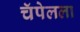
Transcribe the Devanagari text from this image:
चॅपेलला